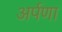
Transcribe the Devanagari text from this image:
अर्पणा